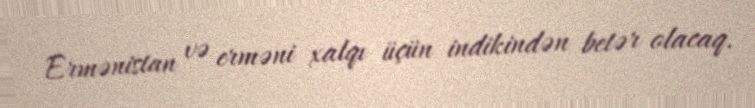
Ermənistan və erməni xalqı üçün indikindən betər olacaq.